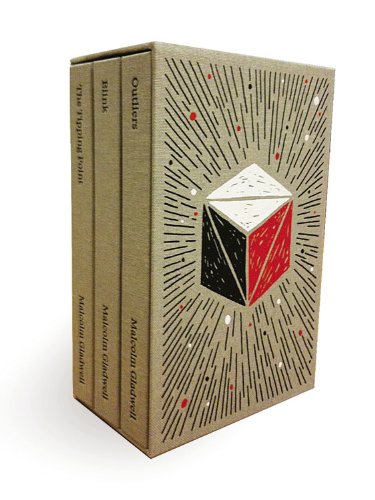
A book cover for Malcolm Gladwell: Collected; Malcolm Gladwell; Literature & Fiction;